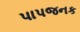
પાપજનક